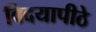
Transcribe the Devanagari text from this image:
विदयापीठे